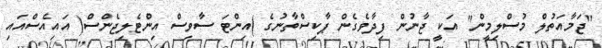
"ޖަމާއަތުލް މުސްލިމީން" އަކީ ޖާނުން ފިދާވެގެން ޕާކިސްތާނުގެ )އިންޓަ ސާވިސް އިންޓެލިޖެންސް( އައިއެސްއައި